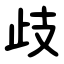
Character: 歧